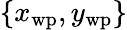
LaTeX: \{ x_{\mathrm{wp}},y_{\mathrm{wp}}\}